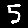
Digit: 5